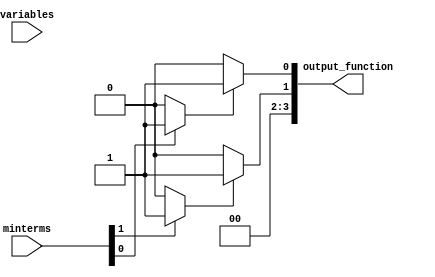
module PrimeImplicants (
    input [3:0] minterms, // 4-bit input for minterms (e.g., 0-15 for 4 variables)
    input [3:0] variables, // 4-bit input for variables (e.g., A, B, C, D)
    output reg [3:0] output_function // 4-bit output for the simplified function
);

// Internal signals
reg [15:0] implicants; // Store implicants
reg [15:0] essential_prime_implicants; // Store essential prime implicants

// Function to generate implicants based on minterms
always @(*) begin
    implicants = 0; // Reset implicants
    // Example: Generate implicants based on minterms
    // This is a placeholder for the actual implicant generation logic
    if (minterms[0]) implicants[0] = 1; // Example for minterm 0
    if (minterms[1]) implicants[1] = 1; // Example for minterm 1
    if (minterms[2]) implicants[2] = 1; // Example for minterm 2
    // Add more logic to generate implicants based on the minterms
end

// Function to identify essential prime implicants
always @(*) begin
    essential_prime_implicants = 0; // Reset essential prime implicants
    // Example: Identify essential prime implicants
    // This is a placeholder for the actual selection logic
    if (implicants[0]) essential_prime_implicants[0] = 1; // Example selection
    if (implicants[1]) essential_prime_implicants[1] = 1; // Example selection
    // Add more logic to select essential prime implicants
end

// Output logic to combine selected prime implicants
always @(*) begin
    output_function = 0; // Reset output function
    // Combine essential prime implicants to form the output function
    output_function = essential_prime_implicants; // Example combination
end

endmodule